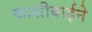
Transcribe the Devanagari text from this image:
काशीबाईने